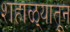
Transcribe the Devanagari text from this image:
शहाळ्यातून